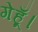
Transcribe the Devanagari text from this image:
गेहूँ।